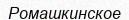
Ромашкинское